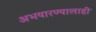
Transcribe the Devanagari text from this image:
अभयारण्यालाही